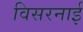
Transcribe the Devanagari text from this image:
विसरनाई